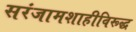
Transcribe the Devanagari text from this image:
सरंजामशाहीविरूद्ध